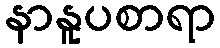
နာနူပစာရာ